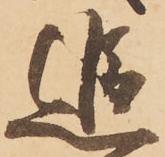
追